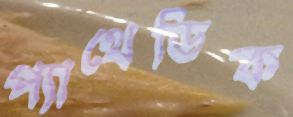
প্যাথেডিক